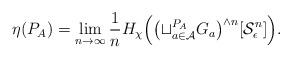
LaTeX: \begin{align*} \eta(P_A) = \lim_{n \rightarrow \infty} \frac{1}{n}H_\chi\Big(\big({\sqcup}^{P_A}_{a \in \mathcal{A}} G_a\big)^{\wedge n}[\mathcal{S}^n_\epsilon]\Big).\end{align*}